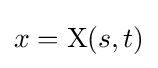
x={\text{X}}(s,t)